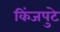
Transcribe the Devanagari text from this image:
किंजपुटे